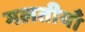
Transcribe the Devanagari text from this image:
गलतीयाँ